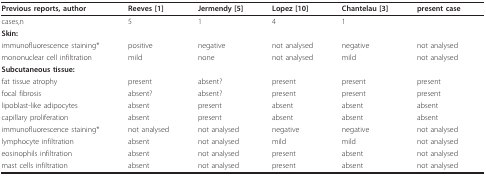
<table><thead><tr><td><b>Previous reports, author</b></td><td><b>Reeves [1]</b></td><td><b>Jermendy [5]</b></td><td><b>Lopez [10]</b></td><td><b>Chantelau [3]</b></td><td><b>present case</b></td></tr></thead><tbody><tr><td>cases,n</td><td>5</td><td>1</td><td>4</td><td>1</td><td></td></tr><tr><td><b>Skin:</b></td><td></td><td></td><td></td><td></td><td></td></tr><tr><td>immunofluorescence staining*</td><td>positive</td><td>negative</td><td>not analysed</td><td>negative</td><td>not analysed</td></tr><tr><td>mononuclear cell infiltration</td><td>mild</td><td>none</td><td>not analysed</td><td>mild</td><td>not analysed</td></tr><tr><td><b>Subcutaneous tissue:</b></td><td></td><td></td><td></td><td></td><td></td></tr><tr><td>fat tissue atrophy</td><td>present</td><td>absent?</td><td>present</td><td>present</td><td>present</td></tr><tr><td>focal fibrosis</td><td>absent?</td><td>absent?</td><td>present</td><td>present</td><td>present</td></tr><tr><td>lipoblast-like adipocytes</td><td>absent</td><td>present</td><td>absent</td><td>absent</td><td>absent</td></tr><tr><td>capillary proliferation</td><td>absent</td><td>present</td><td>absent</td><td>absent</td><td>absent</td></tr><tr><td>immunofluorescence staining*</td><td>not analysed</td><td>not analysed</td><td>negative</td><td>negative</td><td>not analysed</td></tr><tr><td>lymphocyte infiltration</td><td>absent</td><td>not analysed</td><td>mild</td><td>mild</td><td>not analysed</td></tr><tr><td>eosinophils infiltration</td><td>absent</td><td>not analysed</td><td>present</td><td>absent</td><td>not analysed</td></tr><tr><td>mast cells infiltration</td><td>absent</td><td>not analysed</td><td>present</td><td>absent</td><td>not analysed</td></tr></tbody></table>